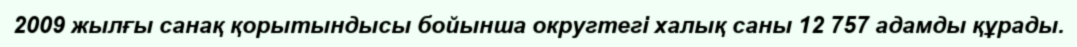
2009 жылғы санақ қорытындысы бойынша округтегі халық саны 12 757 адамды құрады.